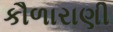
કૌળારાણી